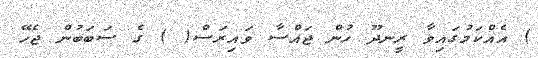
) އެއްކަމުގައިވާ ރީނދޫ ހުން ޖައްސާ ވައިރަސް( ) ގެ ސަބަބުން ޖެހޭ